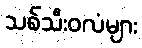
သစ်သီးဝလံများ